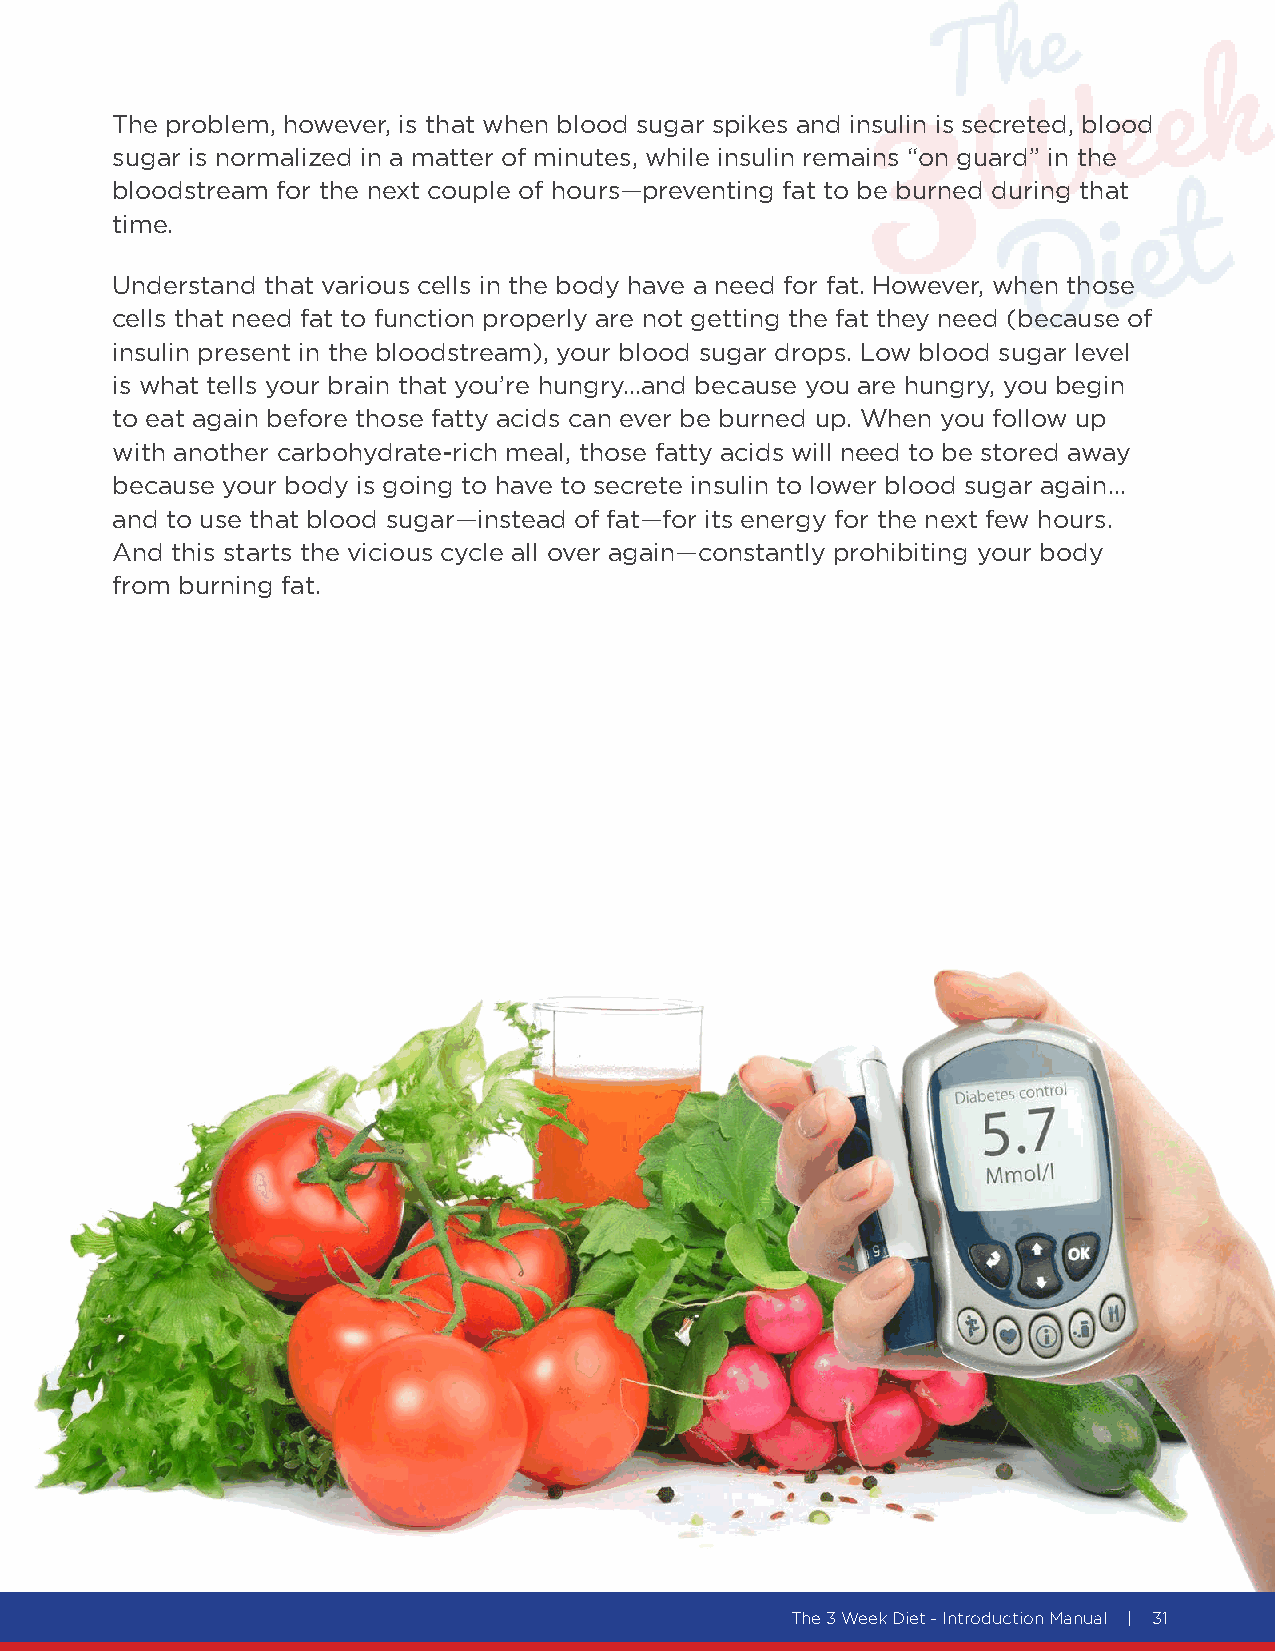
The problem, however, is that when blood sugar spikes and insulin is secreted, blood
 sugar is normalized in a matter of minutes, while insulin remains “on guard” in the
 bloodstream for the next couple of hours—preventing fat to be burned during that
 time.
 Understand that various cells in the body have a need for fat. However, when those
 cells that need fat to function properly are not getting the fat they need (because of
 insulin present in the bloodstream), your blood sugar drops. Low blood sugar level
 is what tells your brain that you’re hungry…and because you are hungry, you begin
 to eat again before those fatty acids can ever be burned up. When you follow up
 with another carbohydrate-rich meal, those fatty acids will need to be stored away
 because your body is going to have to secrete insulin to lower blood sugar again…
 and to use that blood sugar—instead of fat—for its energy for the next few hours.
 And this starts the vicious cycle all over again—constantly prohibiting your body
 from burning fat.
 The 3 Week Diet - Introduction Manual | 31